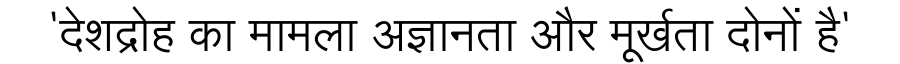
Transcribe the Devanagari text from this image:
'देशद्रोह का मामला अज्ञानता और मूर्खता दोनों है'